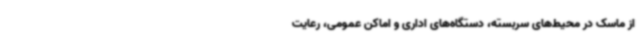
از ماسک در محیط‌های سربسته، دستگاه‌های اداری و اماکن عمومی، رعایت